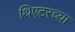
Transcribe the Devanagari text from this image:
थिएटरच्या